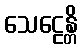
သေဠေန္တိ